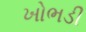
ખોભડી